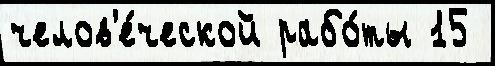
челов'е́ческой рабо́ты 15